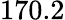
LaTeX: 170.2